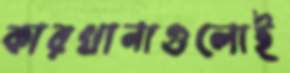
কারখানাগুলোই